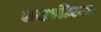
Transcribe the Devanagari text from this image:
अश्कानियन